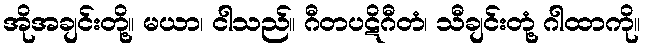
အိုအချင်းတို့။ မယာ၊ ငါသည်။ ဂီတပဋိဂီတံ၊ သီချင်းတုံ့ ဂါထာကို။